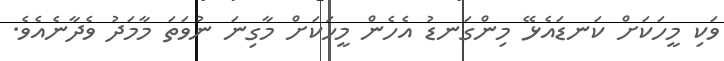
ވަކި މީހަކަށް ކަނޑައެޅޭ މިންގަނޑު އެހެން މީހަކަށް މާގިނަ ނުވަތަ މާމަދު ވެދާނެއެވެ.